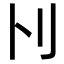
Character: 𠚩